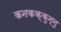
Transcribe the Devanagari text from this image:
कनकक्कुन्नु